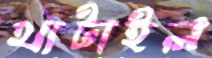
খাটাইল